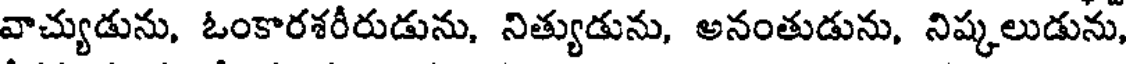
వాచ్యుడును, ఓంకారశరీరుడును, నిత్యుడును, అనంతుడును, నిష్కలుడును,